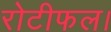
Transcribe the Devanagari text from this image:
रोटीफल।